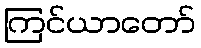
ကြင်ယာတော်